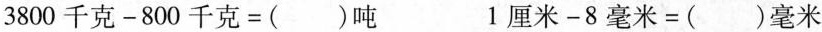
$$3 8 0 0 千 克 - 8 0 0 千 克 = ( ) 吨$$ $$1 厘 米 - 8 毫 米 = ( ) 毫 米$$